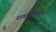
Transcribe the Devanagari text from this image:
सवडिवीजन